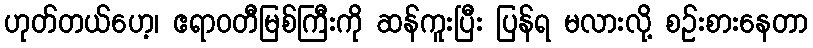
ဟုတ်တယ်ဟေ့၊ ဧရာဝတီမြစ်ကြီးကို ဆန်ကူးပြီး ပြန်ရ မလားလို့ စဉ်းစားနေတာ